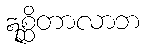
ဣစ္ဆိတာလာဘ